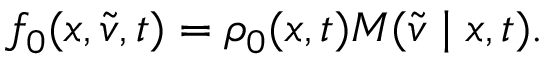
f _ { 0 } ( x , \tilde { v } , t ) = \rho _ { 0 } ( x , t ) M ( \tilde { v } \mid x , t ) .